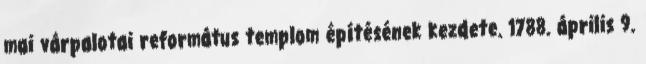
mai várpalotai református templom építésének kezdete. 1788. április 9.